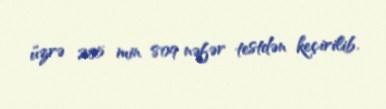
üzrə 205 min 809 nəfər testdən keçirilib.